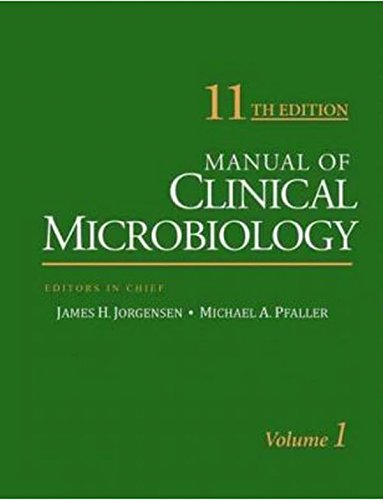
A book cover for Manual of Clinical Microbiology (2 Volume set); Medical Books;